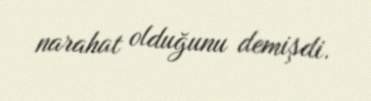
narahat olduğunu demişdi.